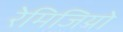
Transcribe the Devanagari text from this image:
रेमिजियो